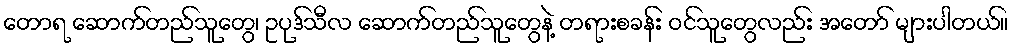
တောရ ဆောက်တည်သူတွေ၊ ဥပုဒ်သီလ ဆောက်တည်သူတွေနဲ့ တရားစခန်း ဝင်သူတွေလည်း အတော် များပါတယ်။